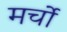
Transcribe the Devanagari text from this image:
मर्चो